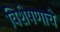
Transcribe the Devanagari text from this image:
विशेषणाचे